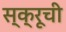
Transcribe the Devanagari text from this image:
स्क्रूची